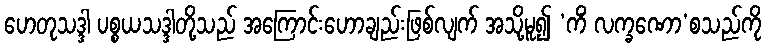
ဟေတုသဒ္ဒါ ပစ္စယသဒ္ဒါတို့သည် အကြောင်းဟောချည်းဖြစ်လျက် အသို့မူ၍ ‘ကိံ လက္ခဏော’စသည်ကို